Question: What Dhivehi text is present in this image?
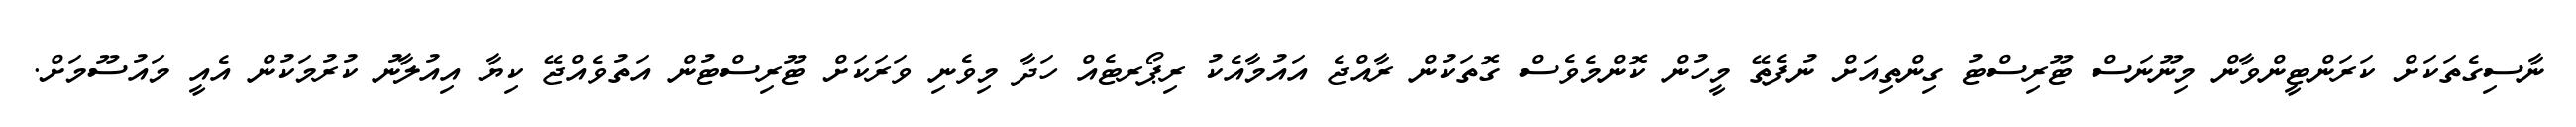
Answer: ނާސިގެތަކަށް ކަރަންޓީންވާން މިނޫނަސް ޓޫރިސްޓު ގިންތިއަށް ނުފެތޭ މީހުން ކޮންމެވެސް ގޮތަކުން ރާއްޖެ އައުމާއެކު ރިޕޯރޓެއް ހަދާ މިވެނި ވަރަކަށް ޓޫރިސްޓުން އަތުވެއްޖޭ ކިޔާ އިއުލާނު ކުރުމަކުން އެއީ މައުސޫމަށް.